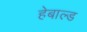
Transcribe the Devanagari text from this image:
हेबाल्ड